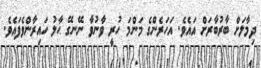
ދިމާލަށް ބާރުބާރަށް އައެވެ. އަހަރެންގެ މަންމަ ހުރީ ވާނުވާ ނޭނގޭ ޙާލު ހައިރާންވެފައެވެ.